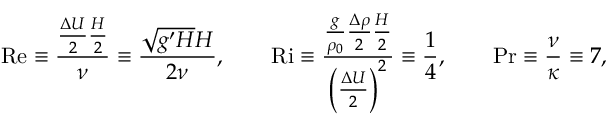
\mathrm { R e } \equiv \frac { \frac { \Delta U } { 2 } \frac { H } { 2 } } { \nu } \equiv \frac { \sqrt { g ^ { \prime } H } H } { 2 \nu } , \qquad \mathrm { R i } \equiv \frac { \frac { g } { \rho _ { 0 } } \frac { \Delta \rho } { 2 } \frac { H } { 2 } } { \Big ( \frac { \Delta U } { 2 } \Big ) ^ { 2 } } \equiv \frac { 1 } { 4 } , \qquad \mathrm { P r } \equiv \frac { \nu } { \kappa } \equiv 7 ,